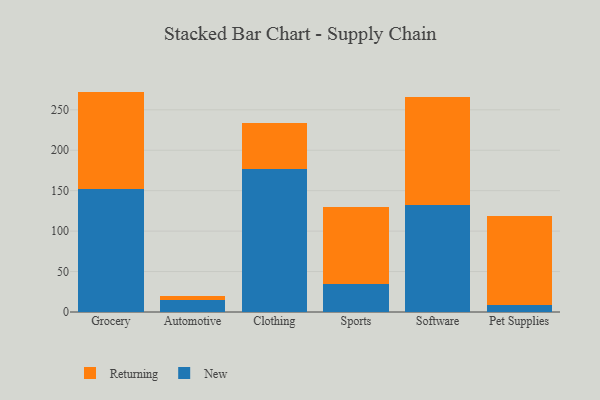
{"axis": {"x": "Category", "y": "Churn Rate (%)"}, "legend": ["New", "Returning"], "data": [{"x": "Grocery", "y": 151.6, "type": "New"}, {"x": "Grocery", "y": 120.9, "type": "Returning"}, {"x": "Automotive", "y": 14.7, "type": "New"}, {"x": "Automotive", "y": 5.7, "type": "Returning"}, {"x": "Clothing", "y": 176.8, "type": "New"}, {"x": "Clothing", "y": 56.9, "type": "Returning"}, {"x": "Sports", "y": 34.9, "type": "New"}, {"x": "Sports", "y": 95.3, "type": "Returning"}, {"x": "Software", "y": 132.9, "type": "New"}, {"x": "Software", "y": 132.6, "type": "Returning"}, {"x": "Pet Supplies", "y": 9.0, "type": "New"}, {"x": "Pet Supplies", "y": 109.8, "type": "Returning"}]}